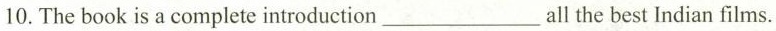
10. The book is a complete introduction ___ all the best Indian films.